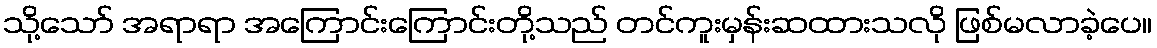
သို့သော် အရာရာ အကြောင်းကြောင်းတို့သည် တင်ကူးမှန်းဆထားသလို ဖြစ်မလာခဲ့ပေ။